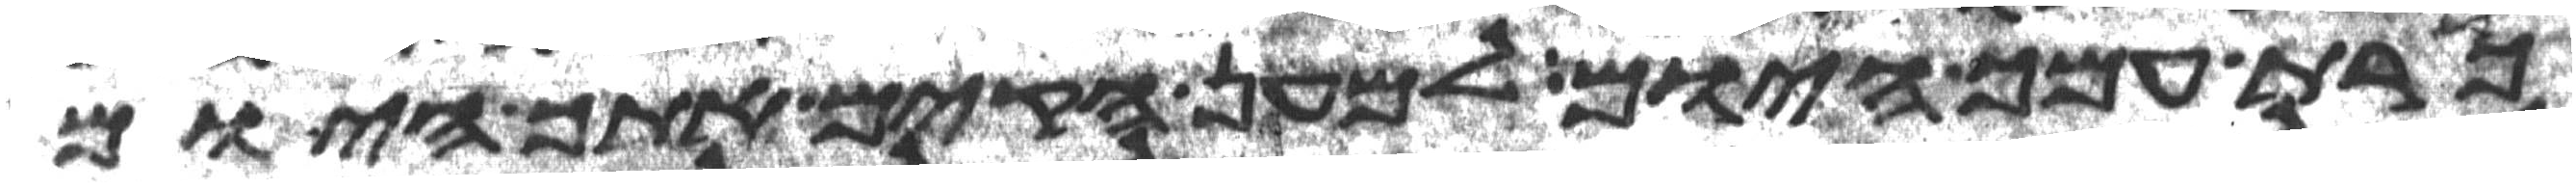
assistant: כרת עמך היום ולמען הקים אתך היום